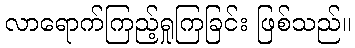
လာရောက်ကြည့်ရှုကြခြင်း ဖြစ်သည်။